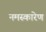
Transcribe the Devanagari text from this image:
नमस्कारेण